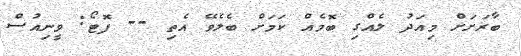
ބާރަށަށް މިއަދު ލެއްގި ބޮމެއް ކަމަށް ބެލެވޭ އެތި -- ފޮޓޯ: ވީނިއުސް